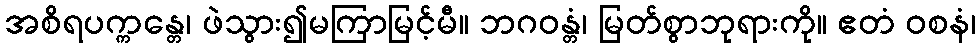
အစိရပက္ကန္တေ၊ ဖဲသွား၍မကြာမြင့်မီ။ ဘဂဝန္တံ၊ မြတ်စွာဘုရားကို။ ဧတံ ဝစနံ၊